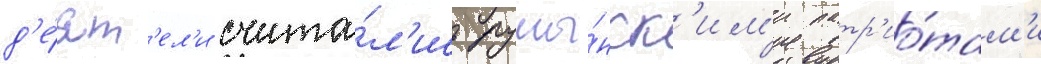
д'е́ят'ел'и счита́л'ись румы́нск'им'и патр'ио́там'и